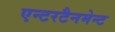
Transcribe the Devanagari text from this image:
एन्टरटैनमेन्ट